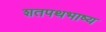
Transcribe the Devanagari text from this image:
शतपथभाष्य